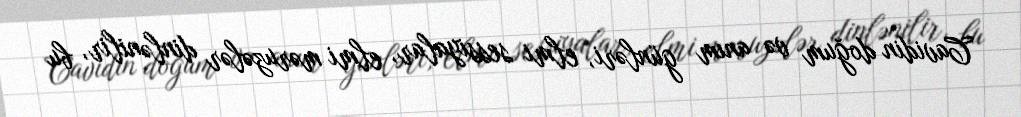
Cavidin doğum və anım günləri, elmi sessiyalar, elmi məruzələr dinlənilir, bu